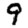
Digit: 9